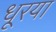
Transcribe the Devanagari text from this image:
धूरया